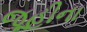
જૂહીના